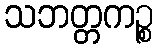
သဘတ္တကဉ္စ